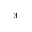
^ 3